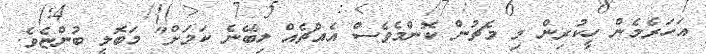
އަހަރެމެން ހީކުރިން މި މެޗުން ކޮންމެވެސް އެއްޗެއް ލިބޭނެ ކަމަށް" މަބޮލީ ބުންޏެވެ.